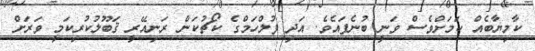
ކާމިޔާބެއް ކަމަށްވެސް ވަނީ ބުނެފައެވެ. އަދި ފުލްހަމްގެ ކޯޗުކަން ރަނިއޭރީ ޤަބޫލުކުރިކަމީ ވަރަށް